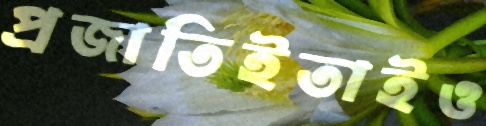
প্রজাতিইতাইও